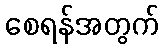
စေရန်အတွက်